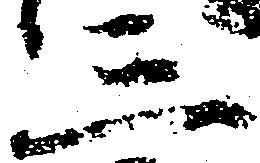
三